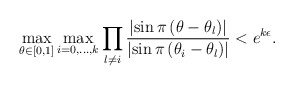
\begin{align*}\max _{\theta \in[0,1]} \max _{i=0, \ldots, k} \prod_{l \neq i} \frac{\left|\sin \pi\left(\theta-\theta_{l}\right)\right|}{\left|\sin \pi\left(\theta_{i}-\theta_{l}\right)\right|}<e^{k \epsilon}.\end{align*}